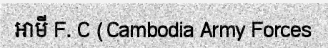
អាមី F. C (Cambodia Army Forces